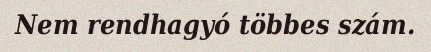
Nem rendhagyó többes szám.